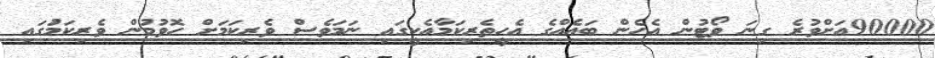
90000އަށްވުރެ ގިނަ ވޯޓުން އެހެން ބައެއްގެ އެހީތެރިކަމާއެކީގައި ނަމަވެސް ވެރިކަމަށް ހޮވުމުން ވެރިކަމަުގައި